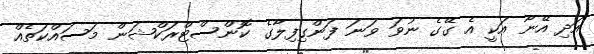
އަދި އޭނާ އަކީ އެ ގޭގެ ނުވަ ވަނަ ފަންގިފިލާގެ ކޮންސްޓްރަކްޝަން މަސައްކަތެއް